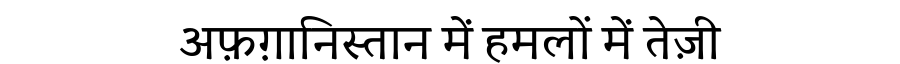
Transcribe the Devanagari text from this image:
अफ़ग़ानिस्तान में हमलों में तेज़ी